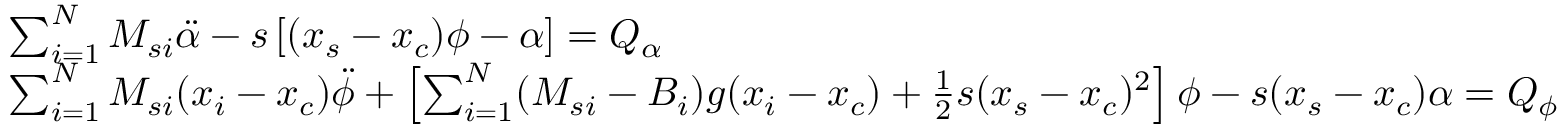
\begin{array} { r l } & { \sum _ { i = 1 } ^ { N } M _ { s i } \ddot { \alpha } - s \left[ ( x _ { s } - x _ { c } ) \phi - \alpha \right] = Q _ { \alpha } } \\ & { \sum _ { i = 1 } ^ { N } M _ { s i } ( x _ { i } - x _ { c } ) \ddot { \phi } + \left[ \sum _ { i = 1 } ^ { N } ( M _ { s i } - B _ { i } ) g ( x _ { i } - x _ { c } ) + \frac { 1 } { 2 } s ( x _ { s } - x _ { c } ) ^ { 2 } \right] \phi - s ( x _ { s } - x _ { c } ) \alpha = Q _ { \phi } } \end{array}